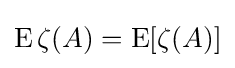
\operatorname {E} \zeta (A)=\operatorname {E} [\zeta (A)]